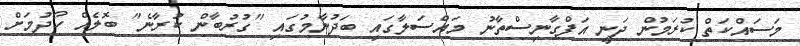
މަސައްކަތް ކުރަމުން ދަނީ އަފްގާނިސްތާނު މައްސަލާގައި ބަދުނާމުގައި "ގުރުބާން ކުރާނެ" ބޮލެއް ހޯދުމަށް